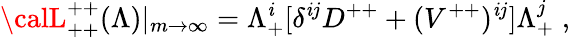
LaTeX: {\calL}_{++}^{++}(\Lambda)|_{m\rightarrow\infty}=\Lambda_{+}^{\mathit{i}}[\delta^{\mathit{i}j}D^{++}+({V}^{++})^{\mathit{i}j}]\Lambda_{+}^{j}\; ,